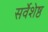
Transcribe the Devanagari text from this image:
सर्वेशेष्ठ